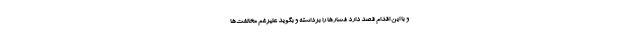
و با این اقدام قصد دارد فشارها را برداشته و بگوید علیرغم مخالفت‌ها